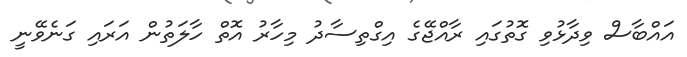
އައްބާސް ވިދާޅުވި ގޮތުގައި ރާއްޖޭގެ އިގްތިސާދު މިހާރު އޮތް ހާލަތުން އަރައި ގަނެވޭނީ